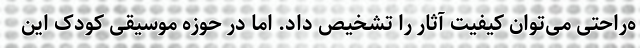
ه‌راحتی می‌توان کیفیت آثار را تشخیص داد. اما در حوزه موسیقی کودک این